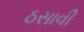
ઠસાવી